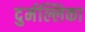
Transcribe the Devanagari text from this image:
दुर्मल्लिका